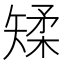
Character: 𪿌